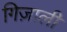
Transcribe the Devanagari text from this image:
गिज़ाली